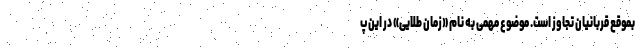
بموقع قربانیان تجاوز است. موضوع مهمی به نام «زمان طلایی» در این پ